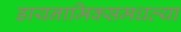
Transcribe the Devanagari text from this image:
डायनामिक्समधल्या